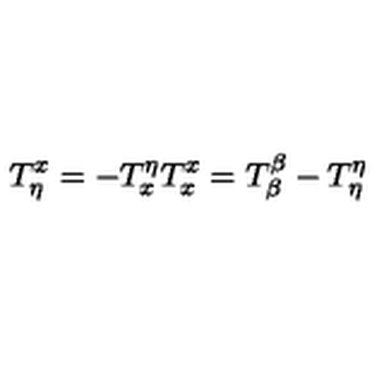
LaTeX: T _ { \eta } ^ { x } = - T _ { x } ^ { \eta } T _ { x } ^ { x } = T _ { \beta } ^ { \beta } - T _ { \eta } ^ { \eta }